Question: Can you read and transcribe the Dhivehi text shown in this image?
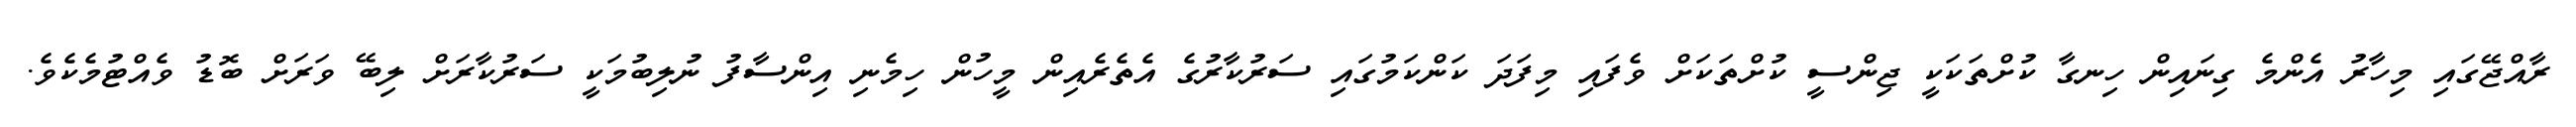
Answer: ރާއްޖޭގައި މިހާރު އެންމެ ގިނައިން ހިނގާ ކުށްތަކަކީ ޖިންސީ ކުށްތަކަށް ވެފައި މިފަދަ ކަންކަމުގައި ސަރުކާރުގެ އެތެރެއިން މީހުން ހިމެނި އިންސާފު ނުލިބުމަކީ ސަރުކާރަށް ލިބޭ ވަރަށް ބޮޑު ވެއްޓުމެކެވެ.